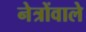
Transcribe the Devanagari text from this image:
नेत्रोंवाले